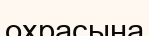
охрасына